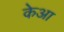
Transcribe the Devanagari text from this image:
केआ